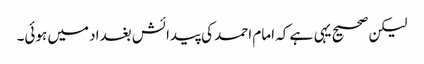
لیکن صحیح یہی ہے کہ امام احمد کی پیدائش بغداد میں ہوئی۔